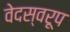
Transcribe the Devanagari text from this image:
वेदस्वरूप